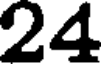
24